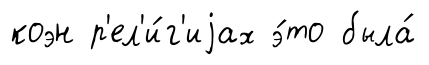
коэн р'ел'и́г'иjах э́то была́